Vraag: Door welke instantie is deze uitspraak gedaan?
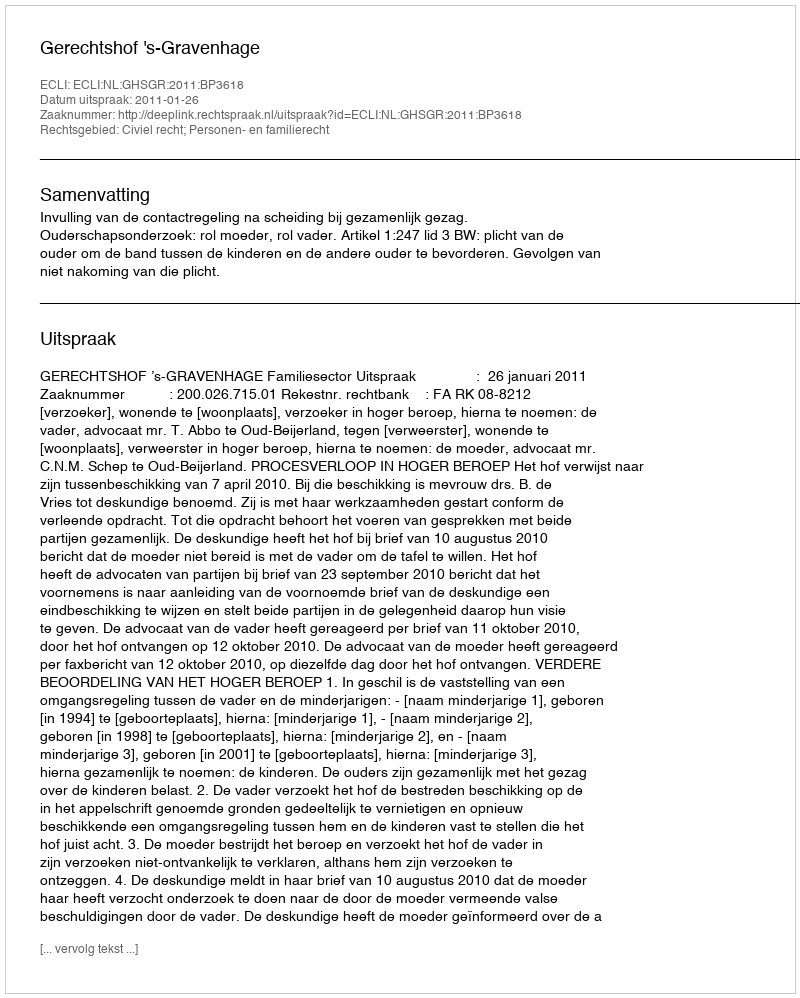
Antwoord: Gerechtshof 's-Gravenhage